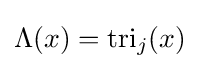
\Lambda (x)=\operatorname {tri} _{j}(x)